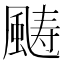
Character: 𩗡